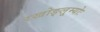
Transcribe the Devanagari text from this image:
रखोङ्लूम्योः